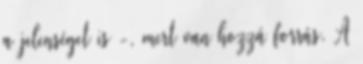
a jelenséget is -, mert van hozzá forrás. A